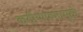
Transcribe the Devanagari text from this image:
कठीणपणामुळे